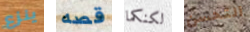
ينزع قصه لكنكما التحسن